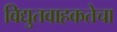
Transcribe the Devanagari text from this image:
विद्युतवाहकतेचा